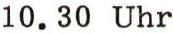
10.30 Uhr